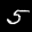
Label: 5